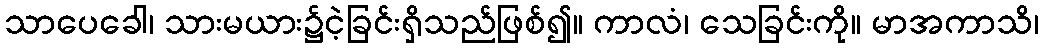
သာပေခေါ၊ သားမယား၌ငဲ့ခြင်းရှိသည်ဖြစ်၍။ ကာလံ၊ သေခြင်းကို။ မာအကာသိ၊